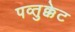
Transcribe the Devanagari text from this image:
पव्तुक्केट